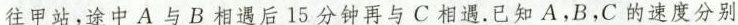
往甲站，途中A与B相遇后15分钟再与C相遇。已知A，B，C的速度分别